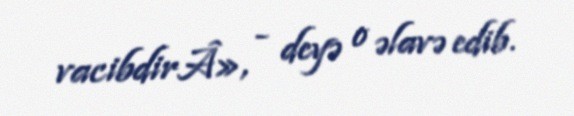
vacibdirÂ», - deyə o əlavə edib.